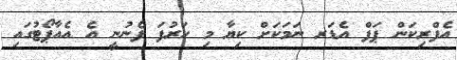
އެފްރިކަން ޕަފް އެޑަރ ނަމަކަށް ކިޔާ މި ހަރުފަ ފެނުނީ އެ އެއާޕޯޓުގައި